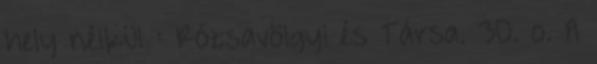
hely nélkül : Rózsavölgyi és Társa. 30. o. A